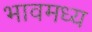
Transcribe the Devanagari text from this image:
भावमध्य